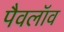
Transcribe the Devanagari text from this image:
पैवलॉव